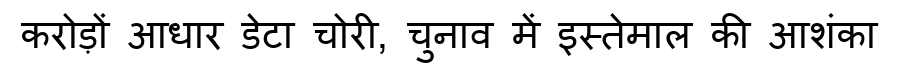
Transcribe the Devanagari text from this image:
करोड़ों आधार डेटा चोरी, चुनाव में इस्तेमाल की आशंका